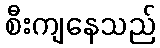
စီးကျနေသည်